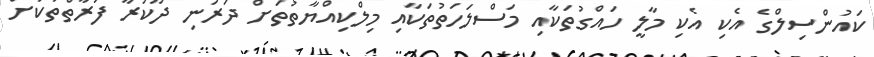
ކައުންސިލްގެ އެކި އެކި މާލީ ހައްގުތަކާއި މަސްލަހަތުތަކާއި މިލްކިއްޔާތުތަށް ދަރަނި ދޫކުރާ ފަރާތްތަކަށް